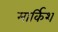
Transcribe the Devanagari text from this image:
मार्किश